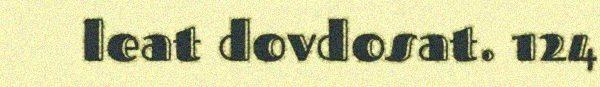
leat dovdosat. 124